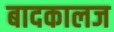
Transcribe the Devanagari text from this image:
बादकालज